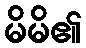
မိမိ၏